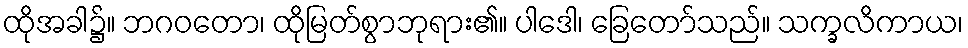
ထိုအခါ၌။ ဘဂဝတော၊ ထိုမြတ်စွာဘုရား၏။ ပါဒေါ၊ ခြေတော်သည်။ သက္ခလိကာယ၊